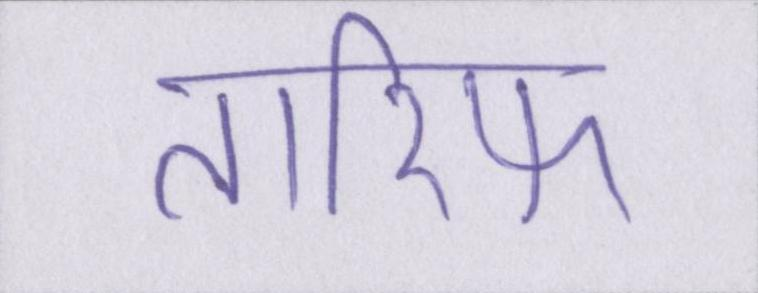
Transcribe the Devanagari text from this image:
तारिफ